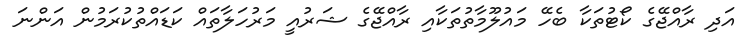
އަދި ރާއްޖޭގެ ކޯޓުތަކާ ބެހޭ މައުލޫމާތުތަކާއި ރާއްޖޭގެ ޝަރުއީ މަރުހަލާތައް ކަޑައްތުކުރަމުން އަންނަ